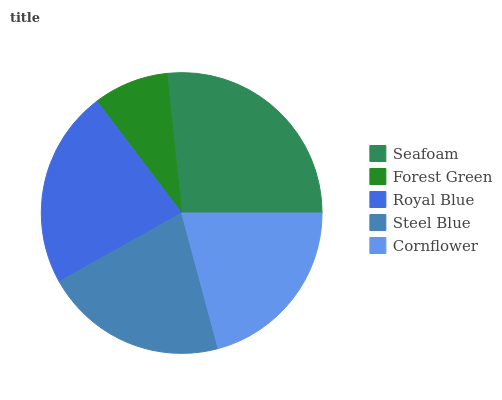
| Seafoam | Forest Green | Royal Blue | Steel Blue | Cornflower |
 | --- | --- | --- | --- | --- |
 | 26.7% | 8.64% | 22.8% | 21% | 20.8% |